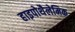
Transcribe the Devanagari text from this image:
हाइपोथैलेमिक